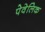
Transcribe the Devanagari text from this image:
पेवेलिक